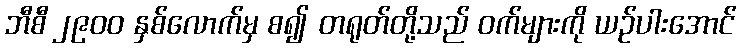
ဘီစီ ၂၉၀၀ နှစ်လောက်မှ စ၍ တရုတ်တို့သည် ဝက်များကို ယဉ်ပါးအောင်